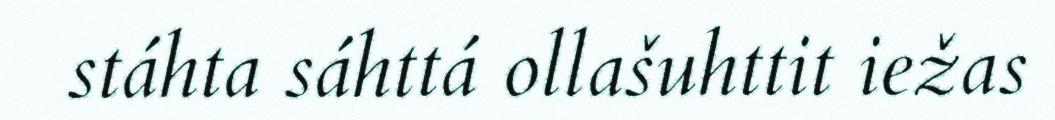
stáhta sáhttá ollašuhttit iežas